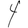
Digit: 4